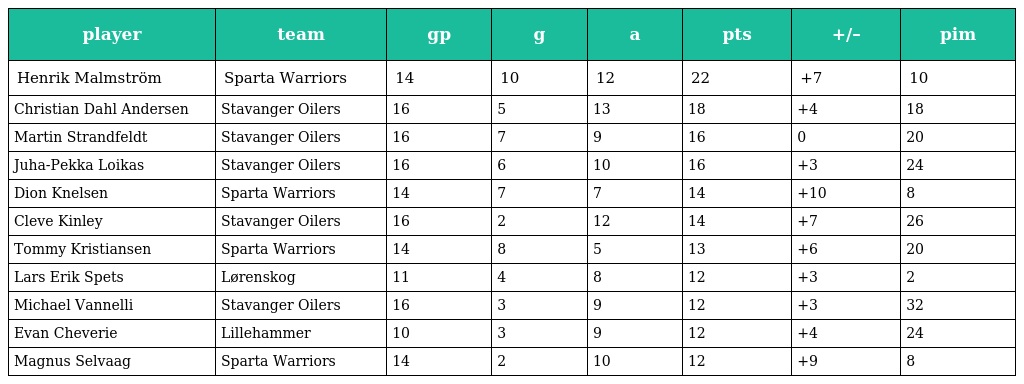
| player | team | gp | g | a | pts | +/– | pim |
 | --- | --- | --- | --- | --- | --- | --- | --- |
 | Henrik Malmström | Sparta Warriors | 14 | 10 | 12 | 22 | +7 | 10 |
 | Christian Dahl Andersen | Stavanger Oilers | 16 | 5 | 13 | 18 | +4 | 18 |
 | Martin Strandfeldt | Stavanger Oilers | 16 | 7 | 9 | 16 | 0 | 20 |
 | Juha-Pekka Loikas | Stavanger Oilers | 16 | 6 | 10 | 16 | +3 | 24 |
 | Dion Knelsen | Sparta Warriors | 14 | 7 | 7 | 14 | +10 | 8 |
 | Cleve Kinley | Stavanger Oilers | 16 | 2 | 12 | 14 | +7 | 26 |
 | Tommy Kristiansen | Sparta Warriors | 14 | 8 | 5 | 13 | +6 | 20 |
 | Lars Erik Spets | Lørenskog | 11 | 4 | 8 | 12 | +3 | 2 |
 | Michael Vannelli | Stavanger Oilers | 16 | 3 | 9 | 12 | +3 | 32 |
 | Evan Cheverie | Lillehammer | 10 | 3 | 9 | 12 | +4 | 24 |
 | Magnus Selvaag | Sparta Warriors | 14 | 2 | 10 | 12 | +9 | 8 |